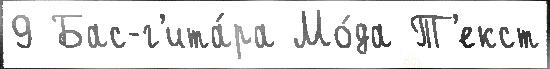
9 Бас-г'ита́ра Мо́да Т'екст